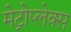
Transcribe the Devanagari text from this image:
मेट्रोप्लेक्स